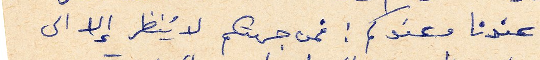
عندنا وعندكم: فمن جهتكم لا يُنظر إلا الى